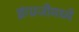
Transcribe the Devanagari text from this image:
इंग्ग्रजीमध्ये